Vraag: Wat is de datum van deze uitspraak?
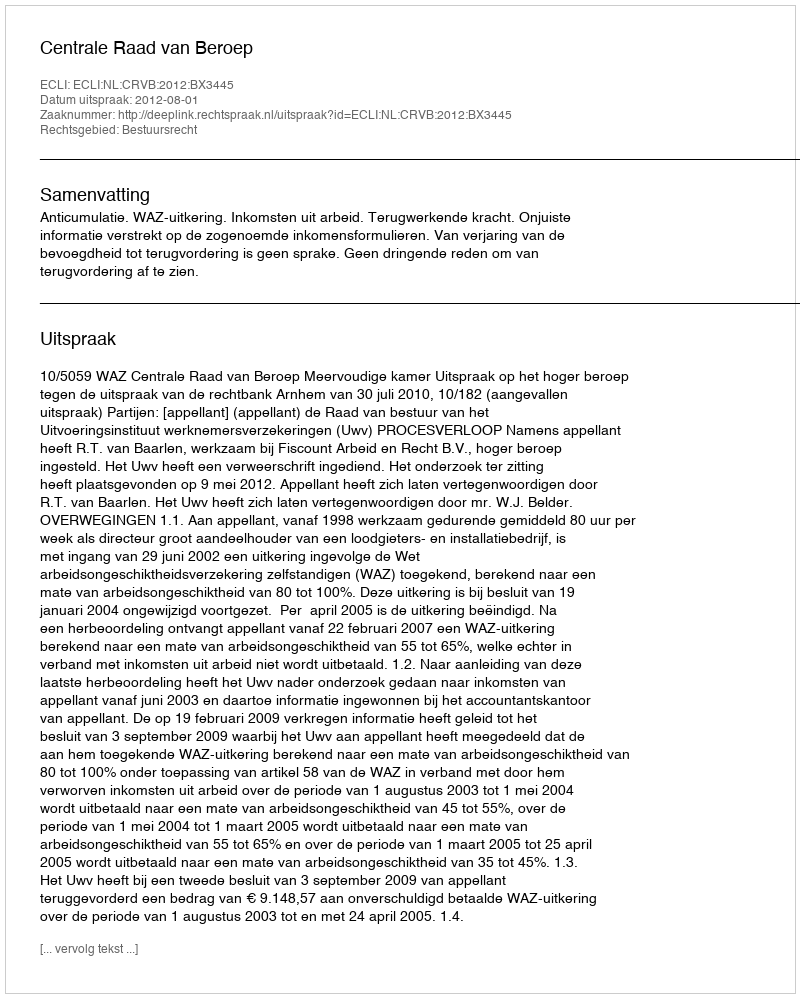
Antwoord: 2012-08-01